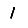
Digit: 1